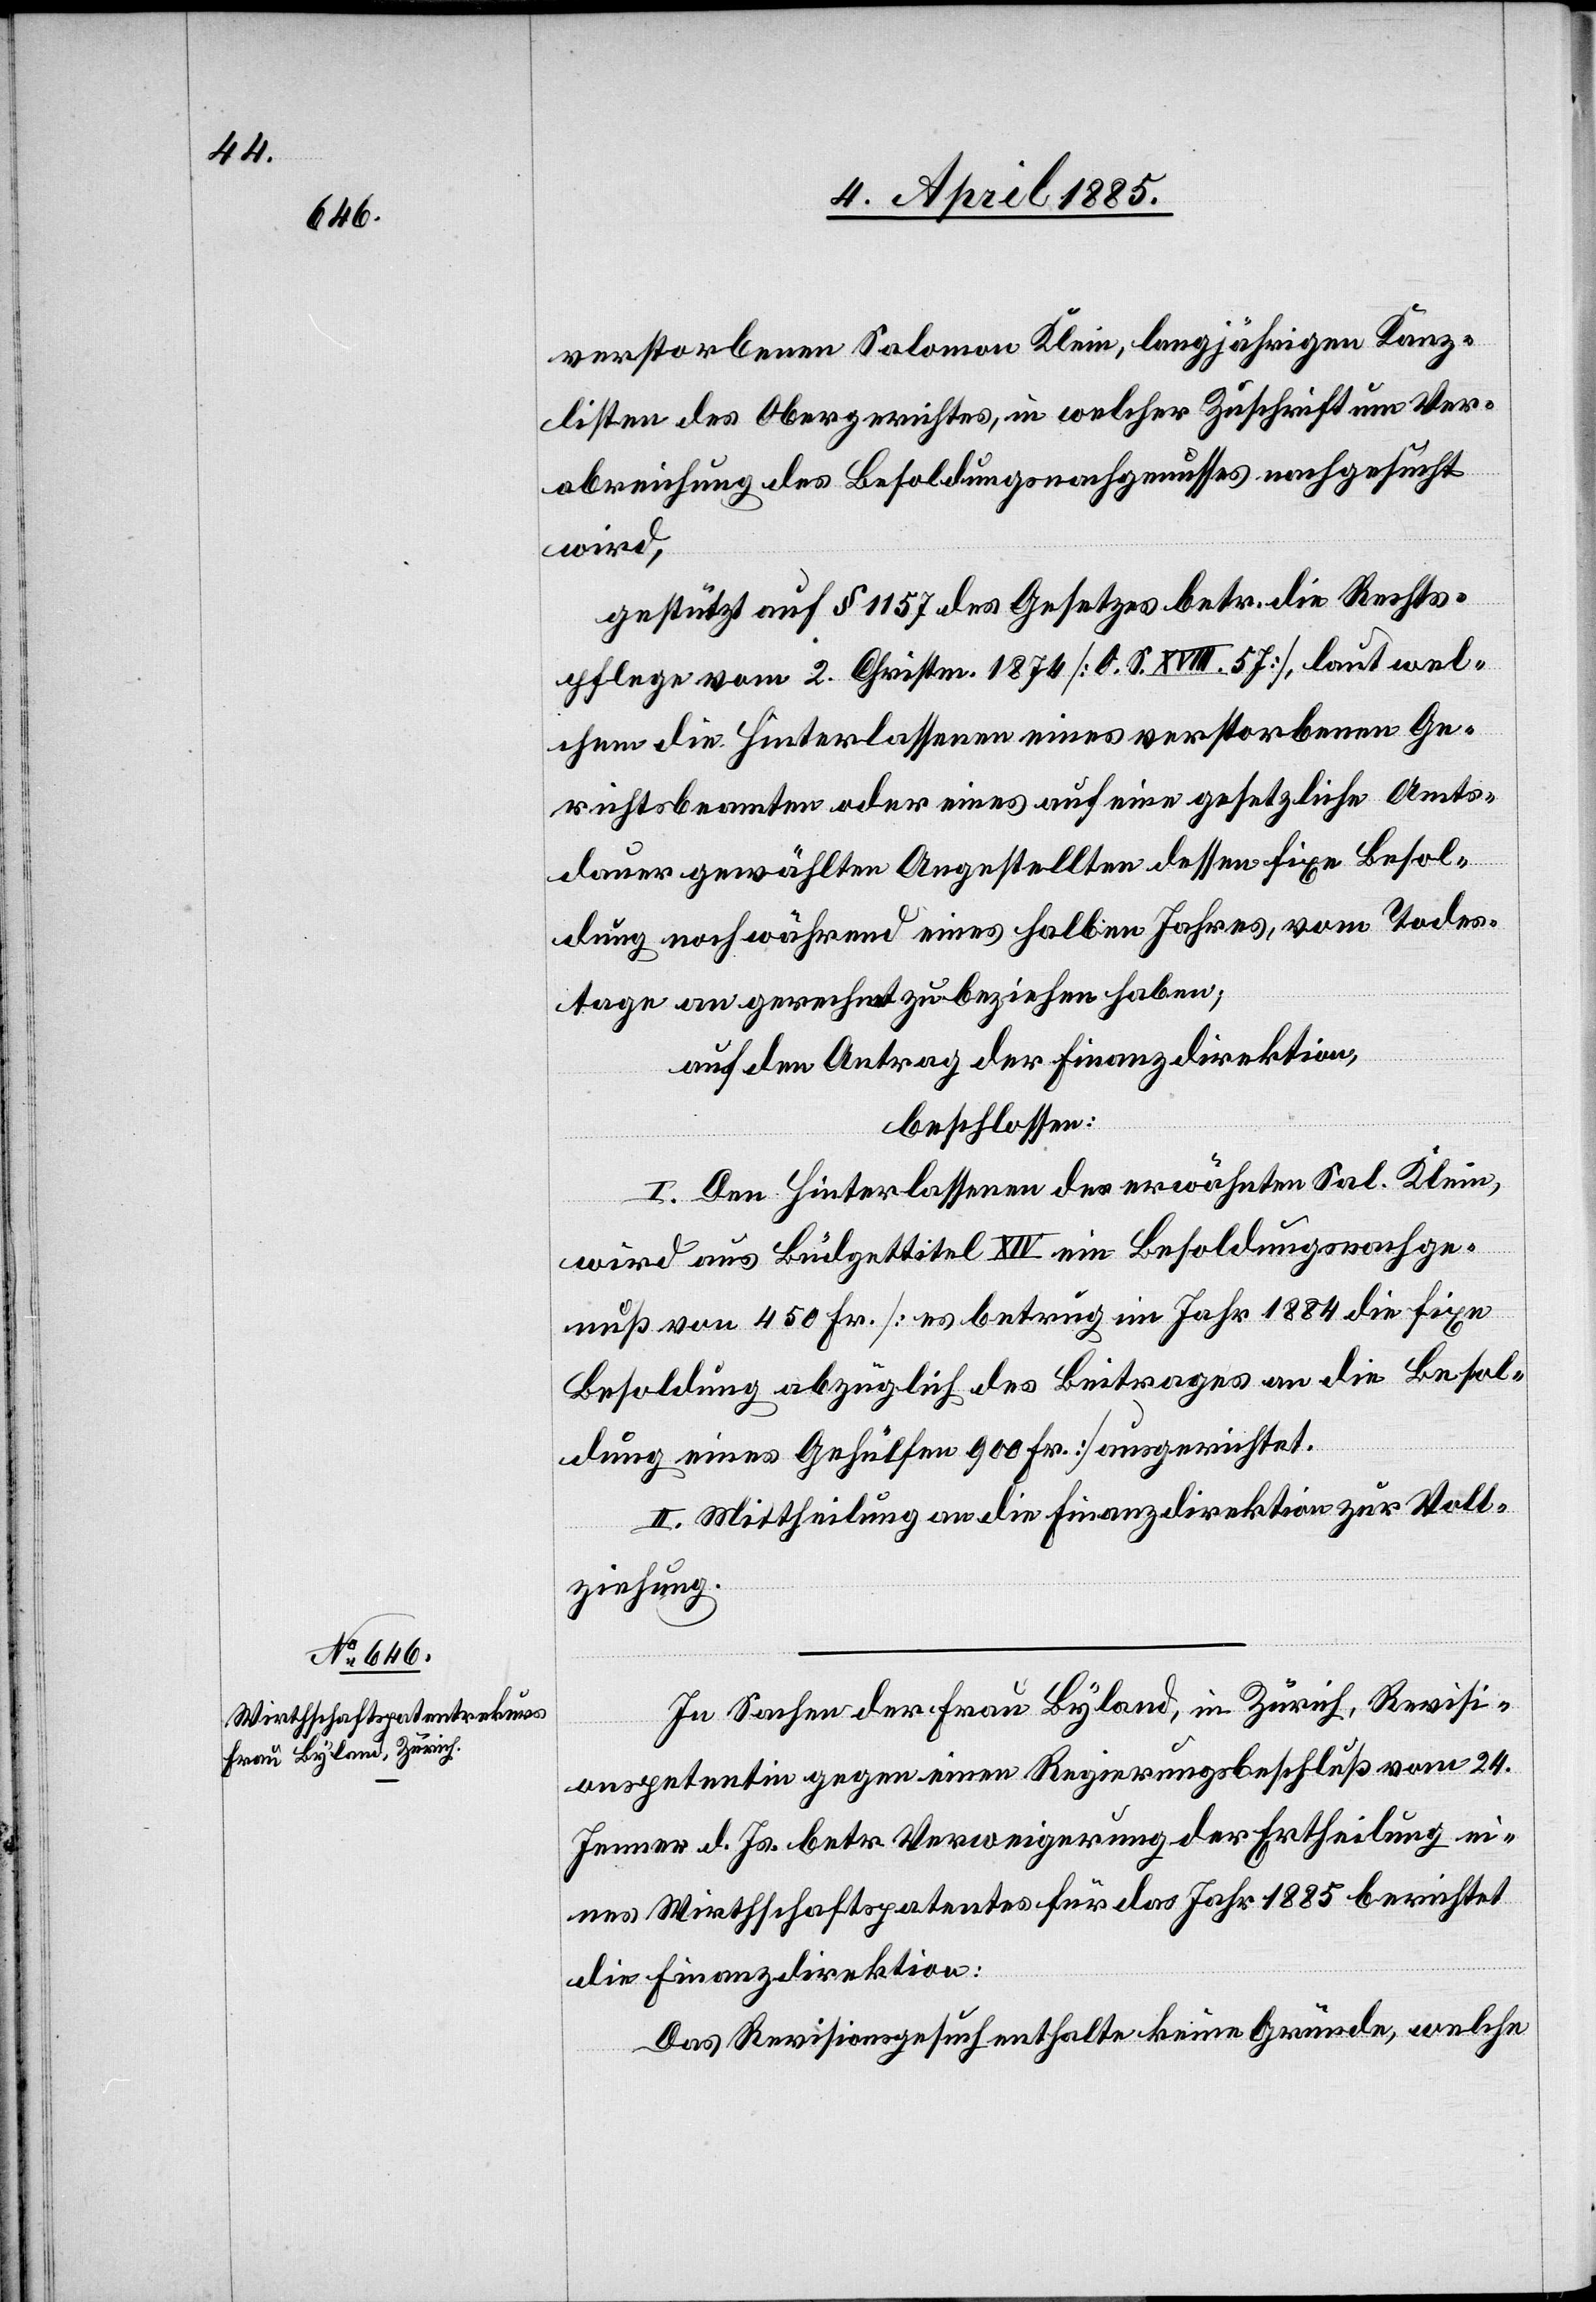
verstorbenen Salomon Klein, langjährigen Kanz¬
listen des Obergerichtes, in welcher Zuschrift um Ver¬
abreichung des Besoldungsnachgenusses nachgesucht
wird,
gestützt auf § 1157 des Gesetzes betr. die Rechts¬
pflege vom 2. Christen. 1874 [O. S. XVIII. 5 J], laut wel¬
chem die Hinterlassenen eines verstorbenen Ge¬
richtsbeamten oder eines auf eine gesetzliche Amts¬
dauer gewählten Angestellten dessen fixe Besol¬
dung noch während eines halben Jahres, vom Todes¬
tage an gerechnet zu beziehen haben;
auf den Antrag der Finanzdirektion,
beschlossen:
I. Den Hinterlassenen des erwähnten Sal. Klein,
wird aus Büdgettitel XIV ein Besoldungsnachge¬
nuß von 450 Fr. [es betrug im Jahr 1884 die fixe
Besoldung abzüglich des Beitrages an die Besol¬
dung eines Gehülfen 900 Fr.] ausgerichtet.
II. Mittheilung an die Finanzdirektion zur Voll¬
ziehung.
In Sachen der Frau Byland, in Zürich, Revisi¬
onspetentin gegen einen Regierungsbeschluß vom 24.
Jenner d. Js. betr. Verweigerung der Ertheilung ei¬
nes Wirthschaftspatentes für das Jahr 1885 berichtet
die Finanzdirektion:
Das Revisionsgesuch enthalte keine Gründe, welche